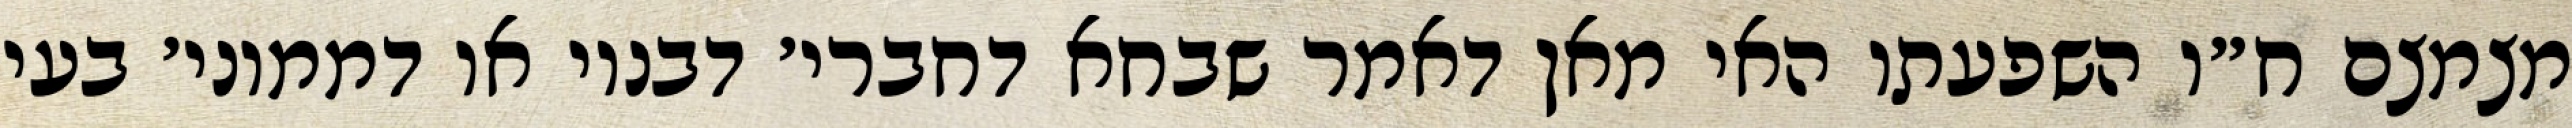
מצמצם ח״ו השפעתו האי מאן דאמר שבחא דחברי׳ דבנוי או דממוני׳ בעי